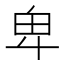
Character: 卑